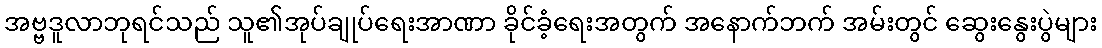
အဗ္ဗဒူလာဘုရင်သည် သူ၏အုပ်ချုပ်ရေးအာဏာ ခိုင်ခံ့ရေးအတွက် အနောက်ဘက် အမ်းတွင် ဆွေးနွေးပွဲများ